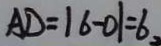
A D = \vert 6 - 0 \vert = 6